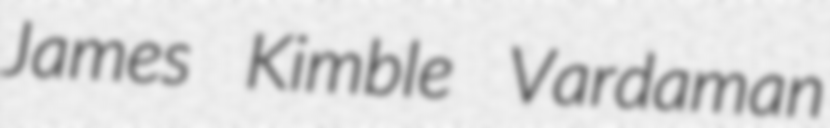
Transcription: James Kimble Vardaman